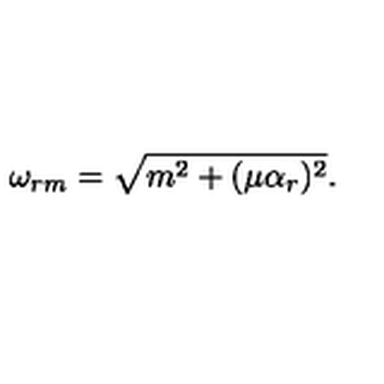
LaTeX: \omega _ { r m } = \sqrt { m ^ { 2 } + ( \mu \alpha _ { r } ) ^ { 2 } } .